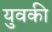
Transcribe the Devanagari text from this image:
युवकी